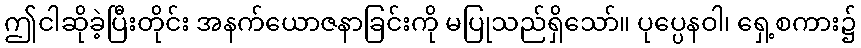
ဤငါဆိုခဲ့ပြီးတိုင်း အနက်ယောဇနာခြင်းကို မပြုသည်ရှိသော်။ ပုပ္ပေနဝါ၊ ရှေ့စကား၌